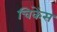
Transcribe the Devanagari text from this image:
चिकेंस